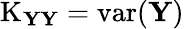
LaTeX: \operatorname{K}_{\mathbf{YY}}=\operatorname{var}(\mathbf{Y})